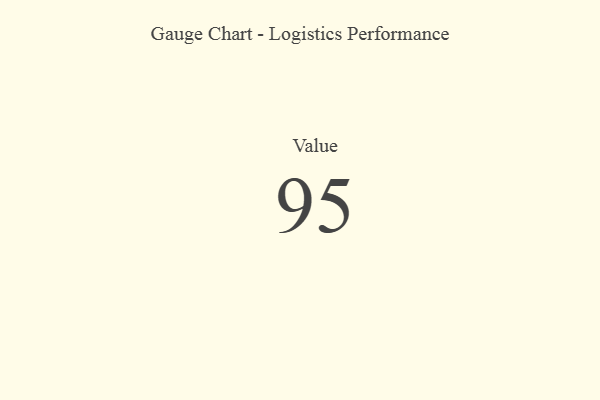
{"axis": {"x": "Metric", "y": "Value"}, "legend": [""], "data": [{"x": "Value", "y": 95, "type": ""}]}